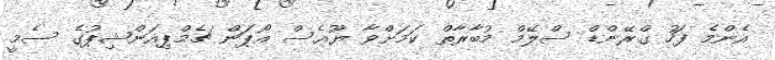
އެންމެ ފަހު ގްރޭންޑް ސްލޭމް މުބާރާތް ކަމަށްވާ ޔޫއެސް އޯޕަން ޗެމްޕިއަންޝިޕުގެ ސެމީ